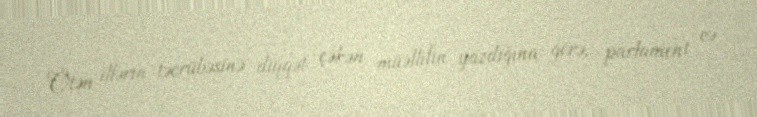
Ötən illərin təcrübəsinə diqqət çəkən müəllifin yazdığına görə, parlament və